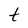
Character: t